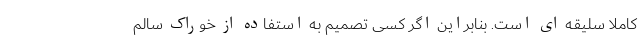
کاملا سلیقه ای است. بنابراین اگر کسی تصمیم به استفاده از خوراک سالم